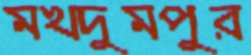
মখদুমপুর